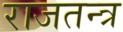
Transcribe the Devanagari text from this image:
राजतन्‍त्र